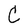
Character: C